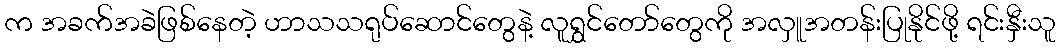
က အခက်အခဲဖြစ်နေတဲ့ ဟာသသရုပ်ဆောင်တွေနဲ့ လူရွှင်တော်တွေကို အလှူအတန်းပြုနိုင်ဖို့ ရင်းနှီးသူ